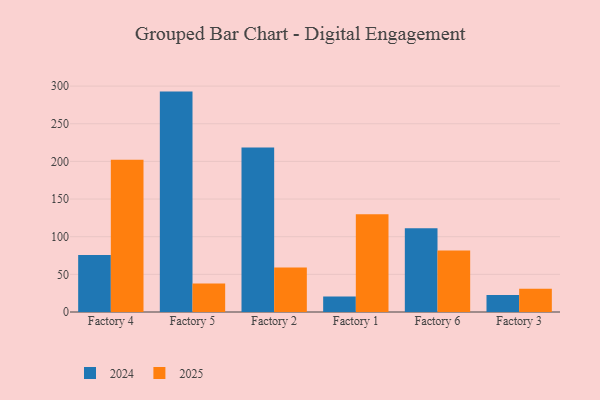
{"axis": {"x": "Factory", "y": "Backlog"}, "legend": ["2024", "2025"], "data": [{"x": "Factory 4", "y": 75.7, "type": "2024"}, {"x": "Factory 4", "y": 202.2, "type": "2025"}, {"x": "Factory 5", "y": 292.7, "type": "2024"}, {"x": "Factory 5", "y": 37.9, "type": "2025"}, {"x": "Factory 2", "y": 218.5, "type": "2024"}, {"x": "Factory 2", "y": 59.2, "type": "2025"}, {"x": "Factory 1", "y": 20.5, "type": "2024"}, {"x": "Factory 1", "y": 129.8, "type": "2025"}, {"x": "Factory 6", "y": 111.1, "type": "2024"}, {"x": "Factory 6", "y": 81.6, "type": "2025"}, {"x": "Factory 3", "y": 22.6, "type": "2024"}, {"x": "Factory 3", "y": 31.0, "type": "2025"}]}